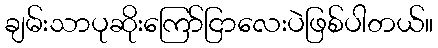
ချမ်းသာပုဆိုးကြော်ငြာလေးပဲဖြစ်ပါတယ်။